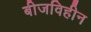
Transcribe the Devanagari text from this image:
बीजविहीन